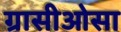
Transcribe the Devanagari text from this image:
ग्रासीओसा